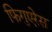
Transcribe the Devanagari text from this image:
फिगुएरेस